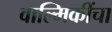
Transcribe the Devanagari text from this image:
वाल्मिकींचा